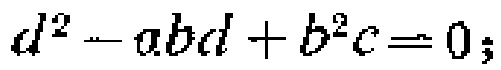
\(d^{2}-abd + b^{2}c = 0;\)